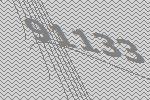
91133